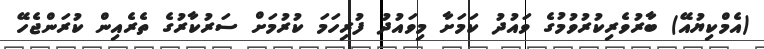
(އެމްކިޔުއޭ) ބާރުވެރިކުރުވުމުގެ ވައުދު ކަމަށާ މިވައުދު ފުރިހަމަ ކުރުމަށް ސަރުކާރުގެ ތެރެއިން ކުރަންޖެހޭ